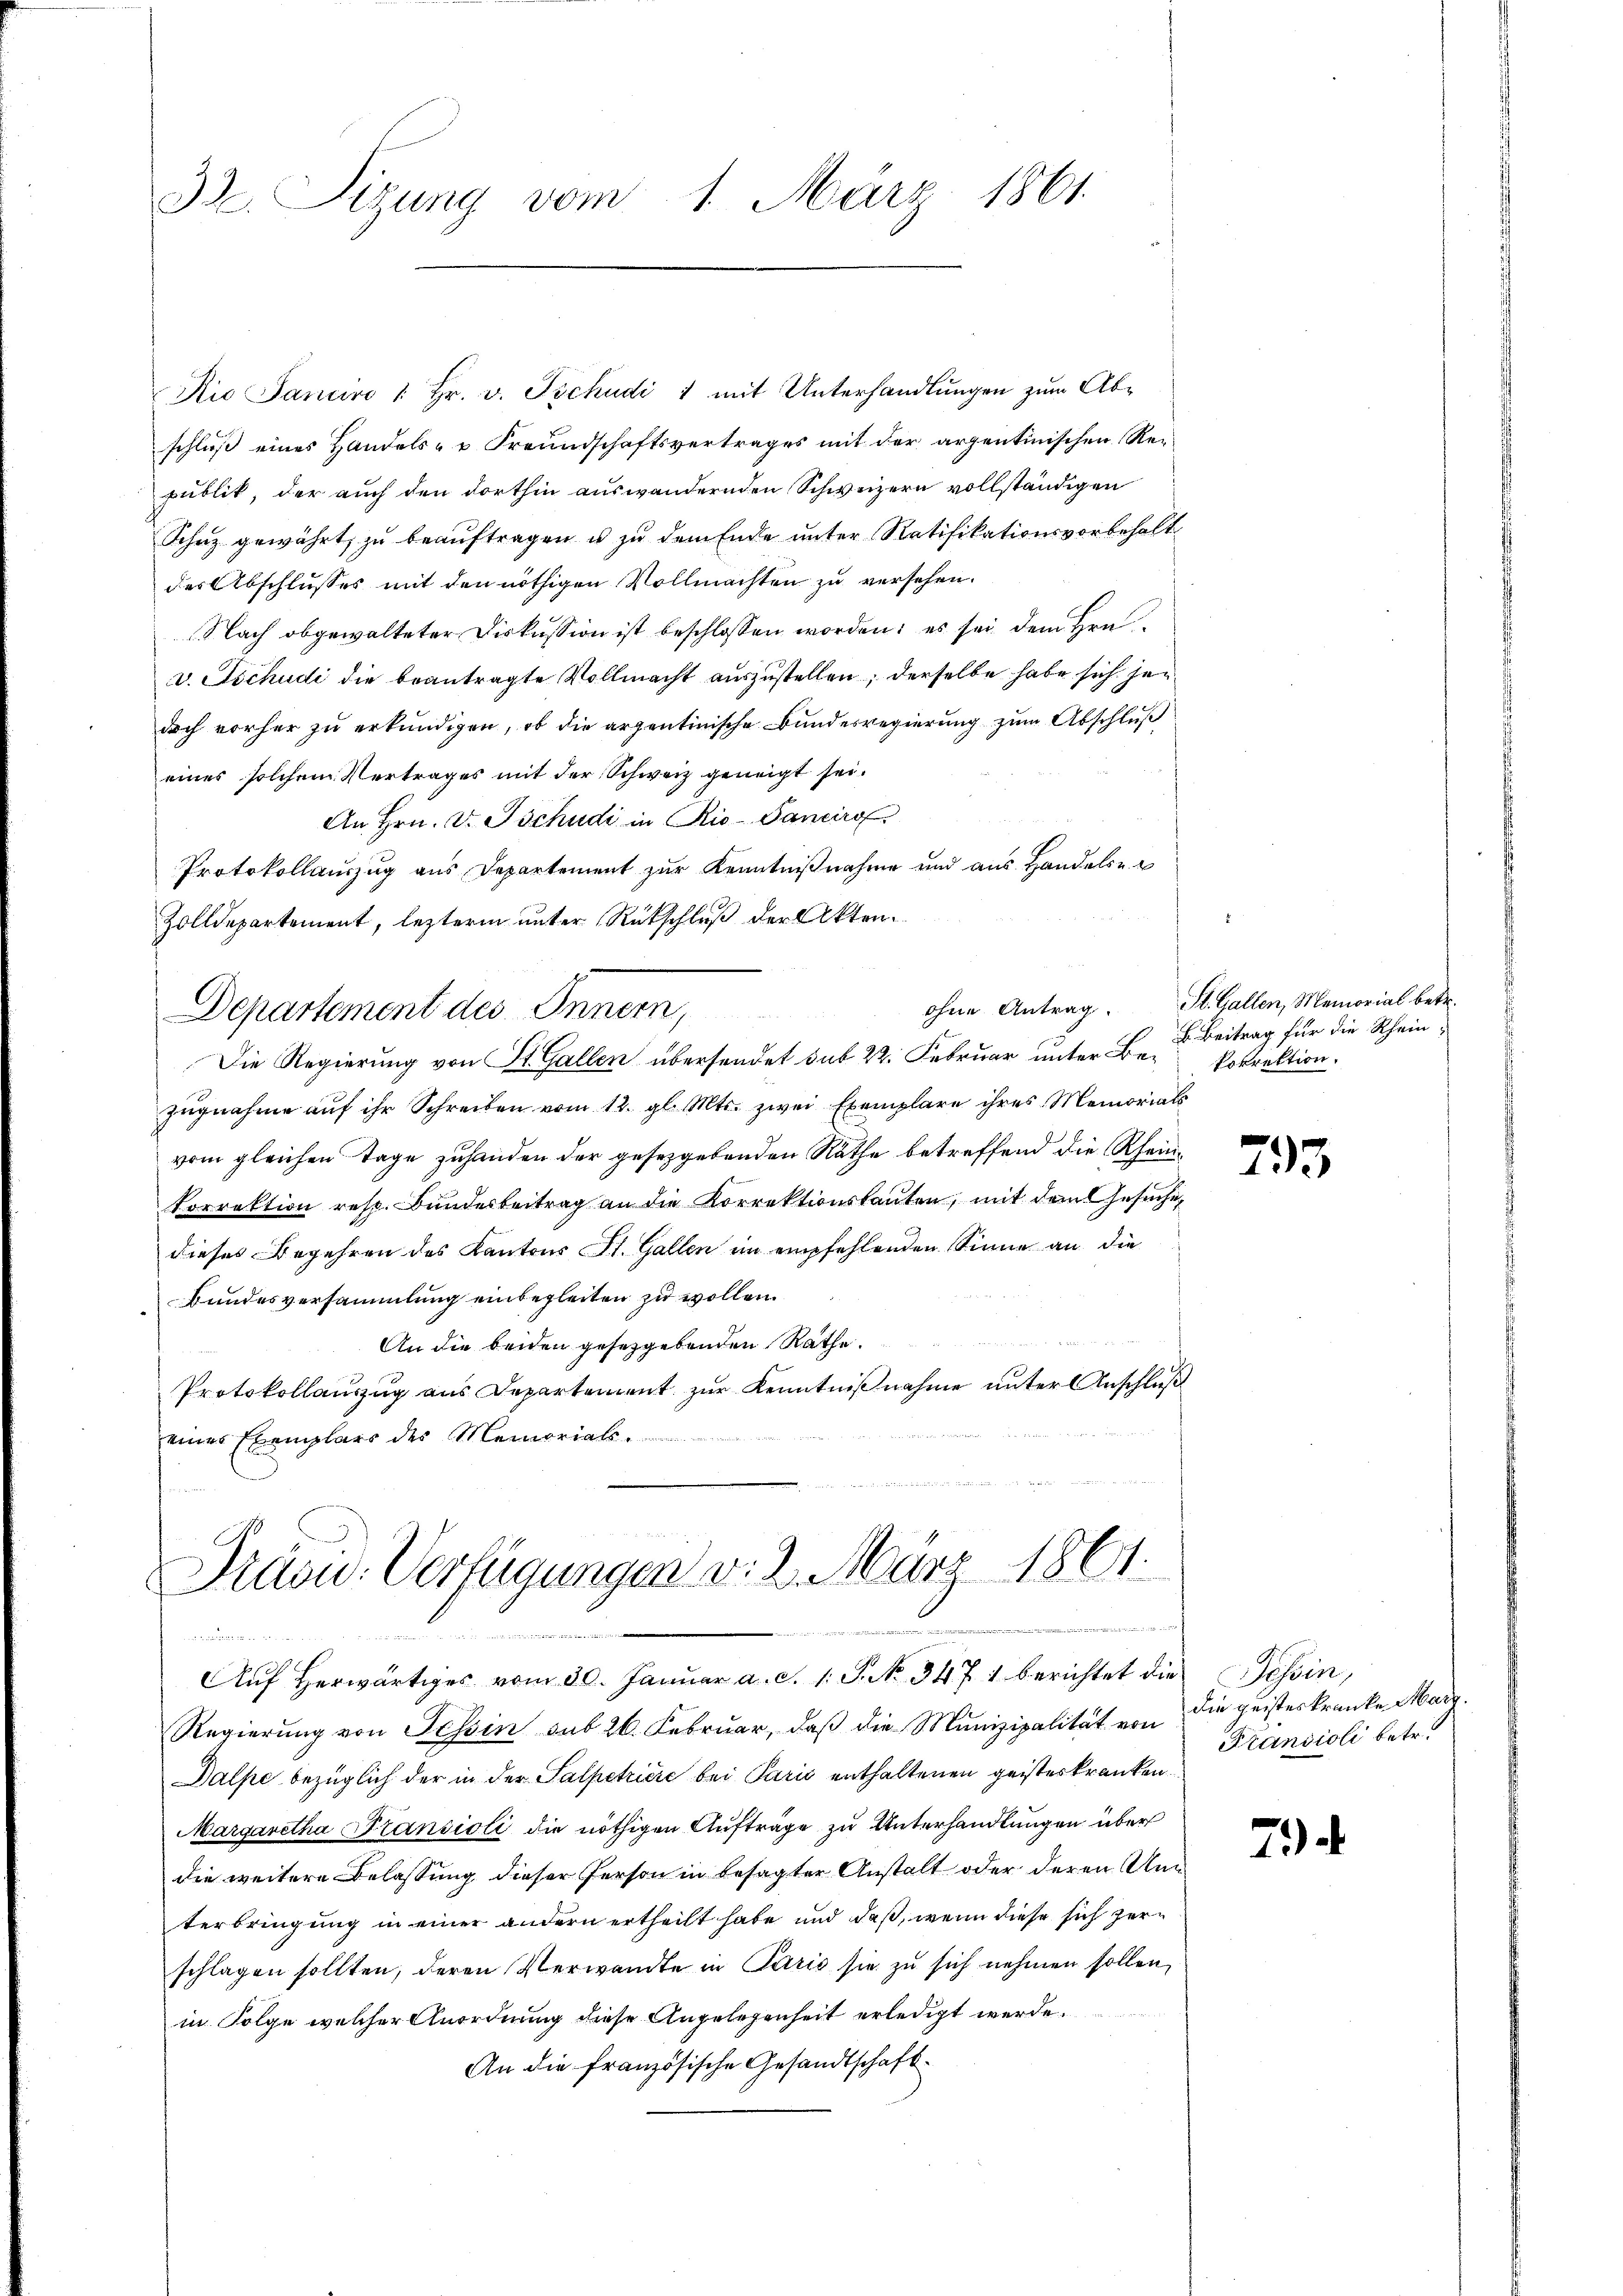
33. Sitzung vom 1. März 1861.

Nio Sancivo " Hr. v. Tschudi 1 mit Unterhandlungen zum Abschluß eines Handels- u Freundschaftsvertrages mit der arzentinischen Republik, der auch den dorthin auswandernden Schweizern vollständigen
Schuz gewährt, zu beauftragen u zu dem Ende unter Ratifikationsvorbehalt
des Abschlusses mit den nöthigen Vollmachten zu versehen.
Nach obgewalteter Diskussion ist beschlossen worden: es sei dem Hrn
v. Tschudi die beantragte Vollmacht auszustellen; derselbe habe sich jen
doch vorher zu erkundigen, ob die arzentinische Bundesregierung zum Abschluß
eines solchem Vertrages mit der Schweiz geneigt sei.
An Hrn. V. Tschudi in Rio-Janeiro
Protokollauszug aus Departement zur Kenntnißnahme und aus Handels u
Zolldepartement, leztere unter Rückschluß der Akten.
Departement des Innern,
Die Regierung von St. Gallen übersendet sub 22. Februar unter Be-Vorrektion.
zugnahme auf ihr Schreiben vom 12. gl. Mts. zwei Exemplare ihres Memorials
vom gleichen Tage zuhanden der gesetzgebenden Räthe betreffend die Rheinkorrektion resp. Bundesbeitrag an die Korrektionsbauten, mit dem Gesuche,
dieses Begehren des Kantons St. Gallen im empfehlenden Sinne an die
Bundesversammlung einbegleiten zu wollen.
An die beiden gesetzgebenden Räthe.
Protokollauszug aus Departement zur Kenntnißnahme unter Anschluß
eines Exemplars des Memorials.
Präsid. Verfügungen v. 2. März 1861.
n ver
   in des er die in den
Aŭf herwärtiges vom 30. Januar a. d. 1. J. No 3471 berichtet die Tessin,
Regierŭng von Tessin sub 26. Febrŭar, daβ die Munizipalität von die geisteskranke Marg.
Balpe bezüglich der in der Salpetriere bei Paris enthaltenen geisteskranken
Margaretha Transioli die nöthigen Auftrage zu Unterhandlungen über
die weitere Belassung dieser Person in besagter Anstalt oder deren Unterbringung in einer andern ertheilt habe und daß, wenn diese sich zerschlagen sollten, deren Verwandte in Paris sie zu sich nehmen sollen,
in Folge welcher Anordnung diese Angelegenheit erledigt werde.
An die französische Gesandtschaft¬

ohne Antrag. St. Gallen, Memorial betr.
L. Beitrag für die Rhein,

793

Prandioli betr.

7